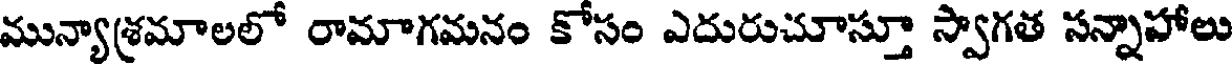
మున్యాశ్రమాలలో రామాగమనం కోసం ఎదురుచూస్తూ స్వాగత సన్నాహాలు